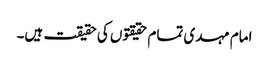
امام مہدی تمام حقیقتوں کی حقیقت ہیں۔